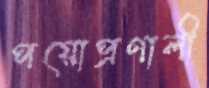
পয়োপ্রণালী